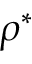
\rho ^ { * }